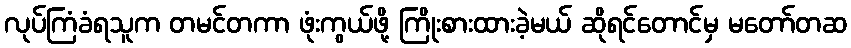
လုပ်ကြံခံရသူက တမင်တကာ ဖုံးကွယ်ဖို့ ကြိုးစားထားခဲ့မယ် ဆိုရင်တောင်မှ မတော်တဆ